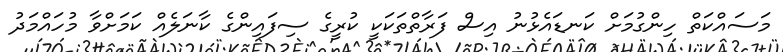
މަސައްކަތް ހިންގުމަށް ކަނޑައެޅުނު އިސް ފަރާތްތަކަކީ ކުރީގެ ސިފައިންގެ ކާނަލެއް ކަމަށްވާ މުހައްމަދު